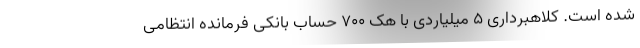
شده است. کلاهبرداری ۵ میلیاردی با هک ۷۰۰ حساب بانکی فرمانده انتظامی